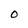
Character: O